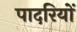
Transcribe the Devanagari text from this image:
पादरियों